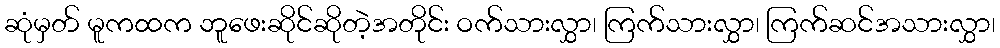
ဆုံမှတ် မူကထက ဘူဖေးဆိုင်ဆိုတဲ့အတိုင်း ဝက်သားလွှာ၊ ကြက်သားလွှာ၊ ကြက်ဆင်အသားလွှာ၊